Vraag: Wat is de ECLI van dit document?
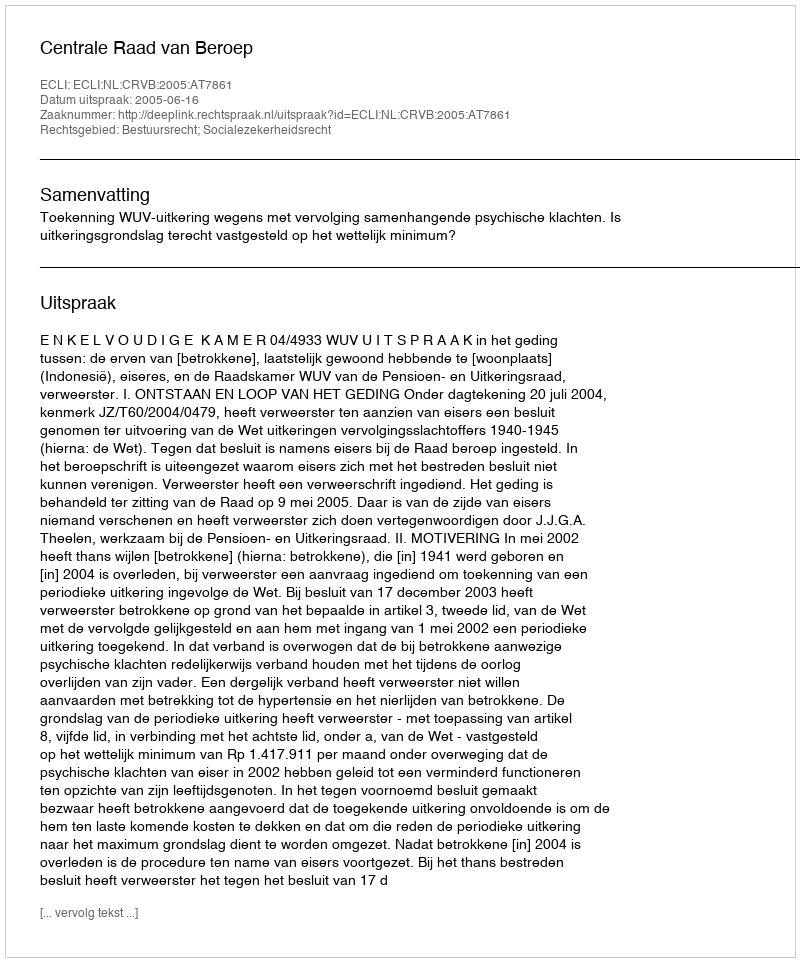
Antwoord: ECLI:NL:CRVB:2005:AT7861